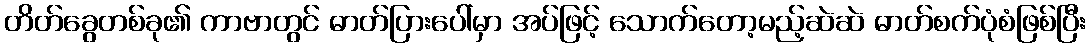
တိတ်ခွေတစ်ခု၏ ကာဗာတွင် ဓာတ်ပြားပေါ်မှာ အပ်ဖြင့် သောက်တော့မည့်ဆဲဆဲ ဓာတ်စက်ပုံစံဖြစ်ပြီး